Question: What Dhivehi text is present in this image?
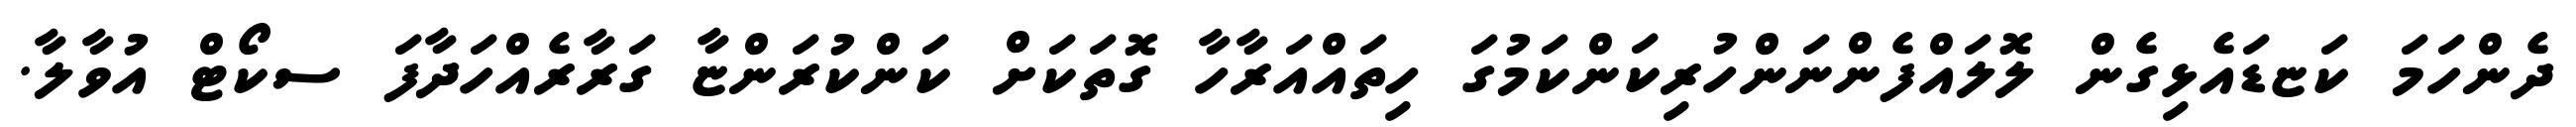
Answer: ދެންހަމަ ކަޏޑައެޅިގެން ލޮލައްފެންނަންހުރިކަންކަމުގަ ހިތައްއަރާހާ ގޮތަކަށް ކަންކުރަންޏާ ގަރާރެއްހަދާފަ ސކޯޓް އުވާލާ.